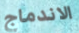
الاندماج